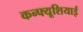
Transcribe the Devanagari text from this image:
कन्फ्यूशियाई